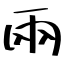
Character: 兩